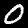
Label: 0